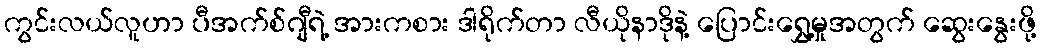
ကွင်းလယ်လူဟာ ပီအက်စ်ဂျီရဲ့ အားကစား ဒါရိုက်တာ လီယိုနာဒိုနဲ့ ပြောင်းရွှေ့မှုအတွက် ဆွေးနွေးဖို့